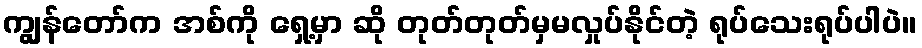
ကျွန်တော်က အစ်ကို ရှေ့မှာ ဆို တုတ်တုတ်မှမလှုပ်နိုင်တဲ့ ရုပ်သေးရုပ်ပါပဲ။